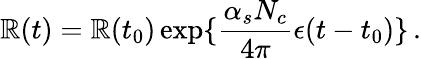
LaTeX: \mathbb{R}(t)=\mathbb{R}(t_{0})\exp\{ {\frac{{\alpha_{s}N_{c}}}{{4\pi}}}\epsilon(t-t_{0})\} \, .